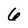
Character: 6